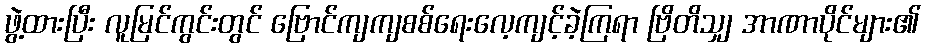
ဖွဲ့ထားပြီး လူမြင်ကွင်းတွင် ဗြောင်ကျကျစစ်ရေးလေ့ကျင့်ခဲ့ကြရာ ဗြိတိသျှ အာဏာပိုင်များ၏